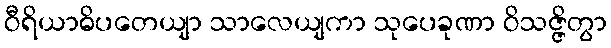
ဝီရိယာဓိပတေယျာ သာလေယျကာ သုပေခုဏာ ဝိသဇ္ဇိတွာ